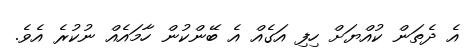
އެ ދެތަން ކުއްޔަށް ހިފި އަގެއް އެ ބޭންކުން ހާމައެއް ނުކުރެ އެވެ.